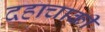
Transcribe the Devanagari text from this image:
दहाचाकी